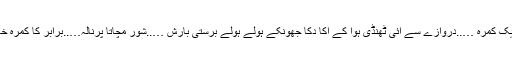
نیم تاریک کمرہ …..دروازے سے آئی ٹھنڈی ہوا کے اکا دکا جھونکے ہولے ہولے برستی بارش …..شور مچاتا پرنالہ…..برابر کا کمرہ خالی تھا۔